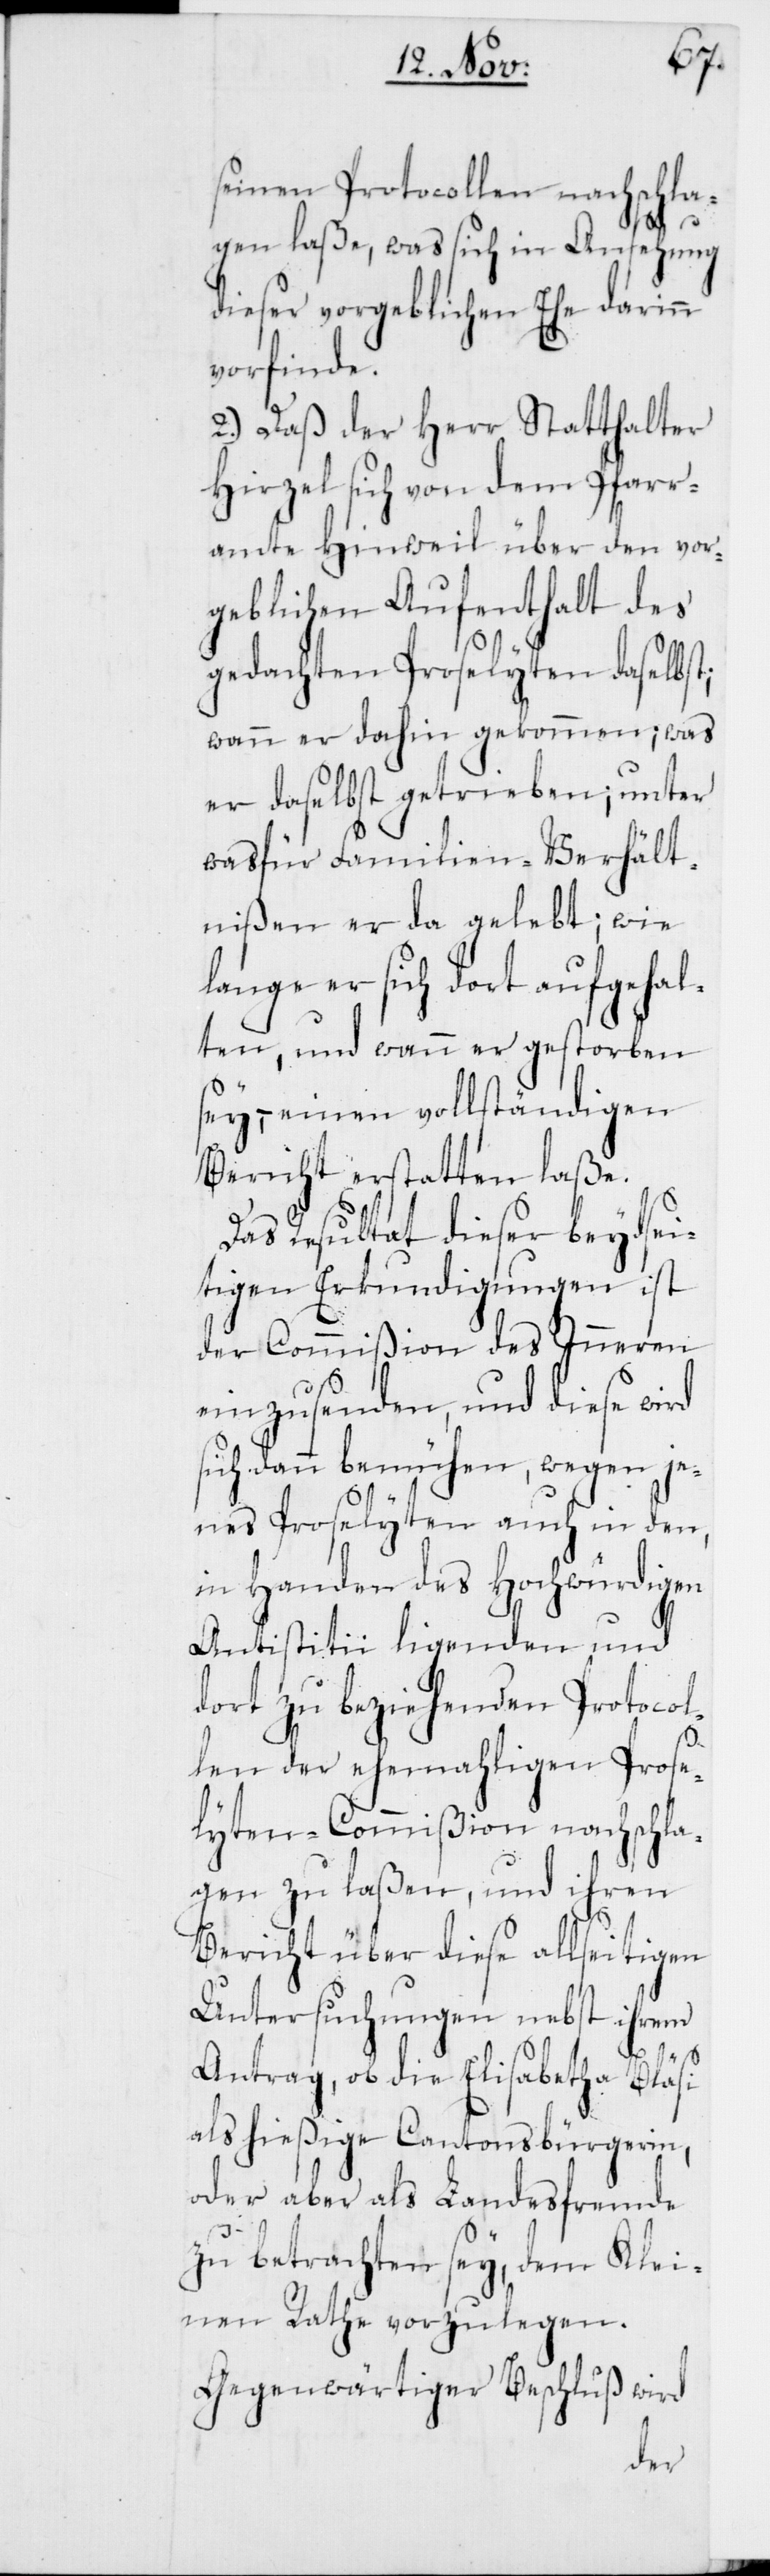
t;
seinen Protocollen nachschla¬
gen laße, was sich in Ansehung
dieser vorgeblichen Ehe darinn
vorfinde.
2.) Daß der Herr Statthalter
Hirzel sich von dem Pfarr¬
amte Hinweil über den vo¬
rgeblichen Aufenthalt des
gedachten Proselyten daselbs¬
wann er dahin gekommen; was
er daselbst getrieben; unter
was für Familien-Verhält¬
nißen er da gelebt; wie
lange er sich dort aufgehal¬
ten, und wann er gestorben
sey, – einen vollständigen
Bericht erstatten laße.
Das Resultat dieser beydsei¬
tigen Erkundigungen
der Commißion des Inneren
einzusenden, und diese wird
sich dann bemühen, wegen je¬
nes Proselyten auch in den,
in Handen des Hochwürdigen
Antistitii ligenden und
dort zu beziehenden Protocol¬
len der ehemahligen Prose¬
lyten-Commißion nachschla¬
gen zu laßen, und ihren
Bericht über diese allseitigen
Untersuchungen nebst ihrem
Antrag, ob die Elisabetha Bläsi
als hießige Cantonsbürgerin,
oder aber als Landesfremde
zu betrachten sey, dem Klei¬
nen Rathe vorzulegen.
Gegenwärtiger Beschluß wird